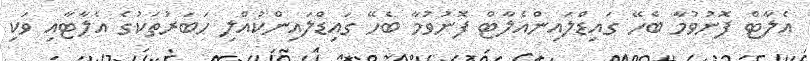
އެލާޓް ފޮނުވުމާ ބެހޭ ގައިޑްލައިންއެލާޓް ފޮނުވުމާ ބެހޭ ގައިޑްލައިންކުއްލި ހަބަރުތަކުގެ އެލާޓާއި ވަކި